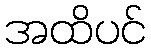
အထိပင်